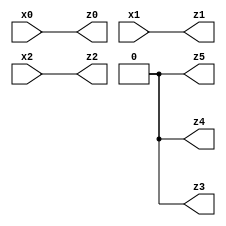
// Benchmark "mult_3_8" written by ABC on Fri Dec 09 22:21:29 2022

module mult_3_8 ( 
    x0, x1, x2,
    z0, z1, z2, z3, z4, z5  );
  input  x0, x1, x2;
  output z0, z1, z2, z3, z4, z5;
  assign z3 = 1'b0;
  assign z0 = x0;
  assign z1 = x1;
  assign z2 = x2;
  assign z4 = 1'b0;
  assign z5 = 1'b0;
endmodule